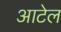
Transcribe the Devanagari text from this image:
आटेल